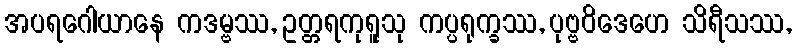
အပရဂေါယာနေ ကဒမ္ဗဿ, ဥတ္တရကုရူသု ကပ္ပရုက္ခဿ, ပုဗ္ဗဝိဒေဟေ သိရီသဿ,